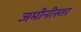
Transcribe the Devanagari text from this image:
जमीनीस्तर